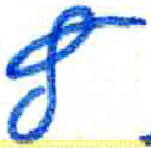
אות: ץ